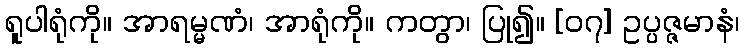
ရူပါရုံကို။ အာရမ္မဏံ၊ အာရုံကို။ ကတွာ၊ ပြု၍။ [၀၇] ဥပ္ပဇ္ဇမာနံ၊